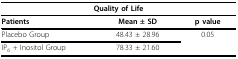
| <COLSPAN=3> Quality of Life |
 | --- | --- | --- |
 | Patients | Mean ± SD | p value |
 | Placebo Group | 48.43 ± 28.96 | 0.05 |
 | IP6 + Inositol Group | 78.33 ± 21.60 |  |